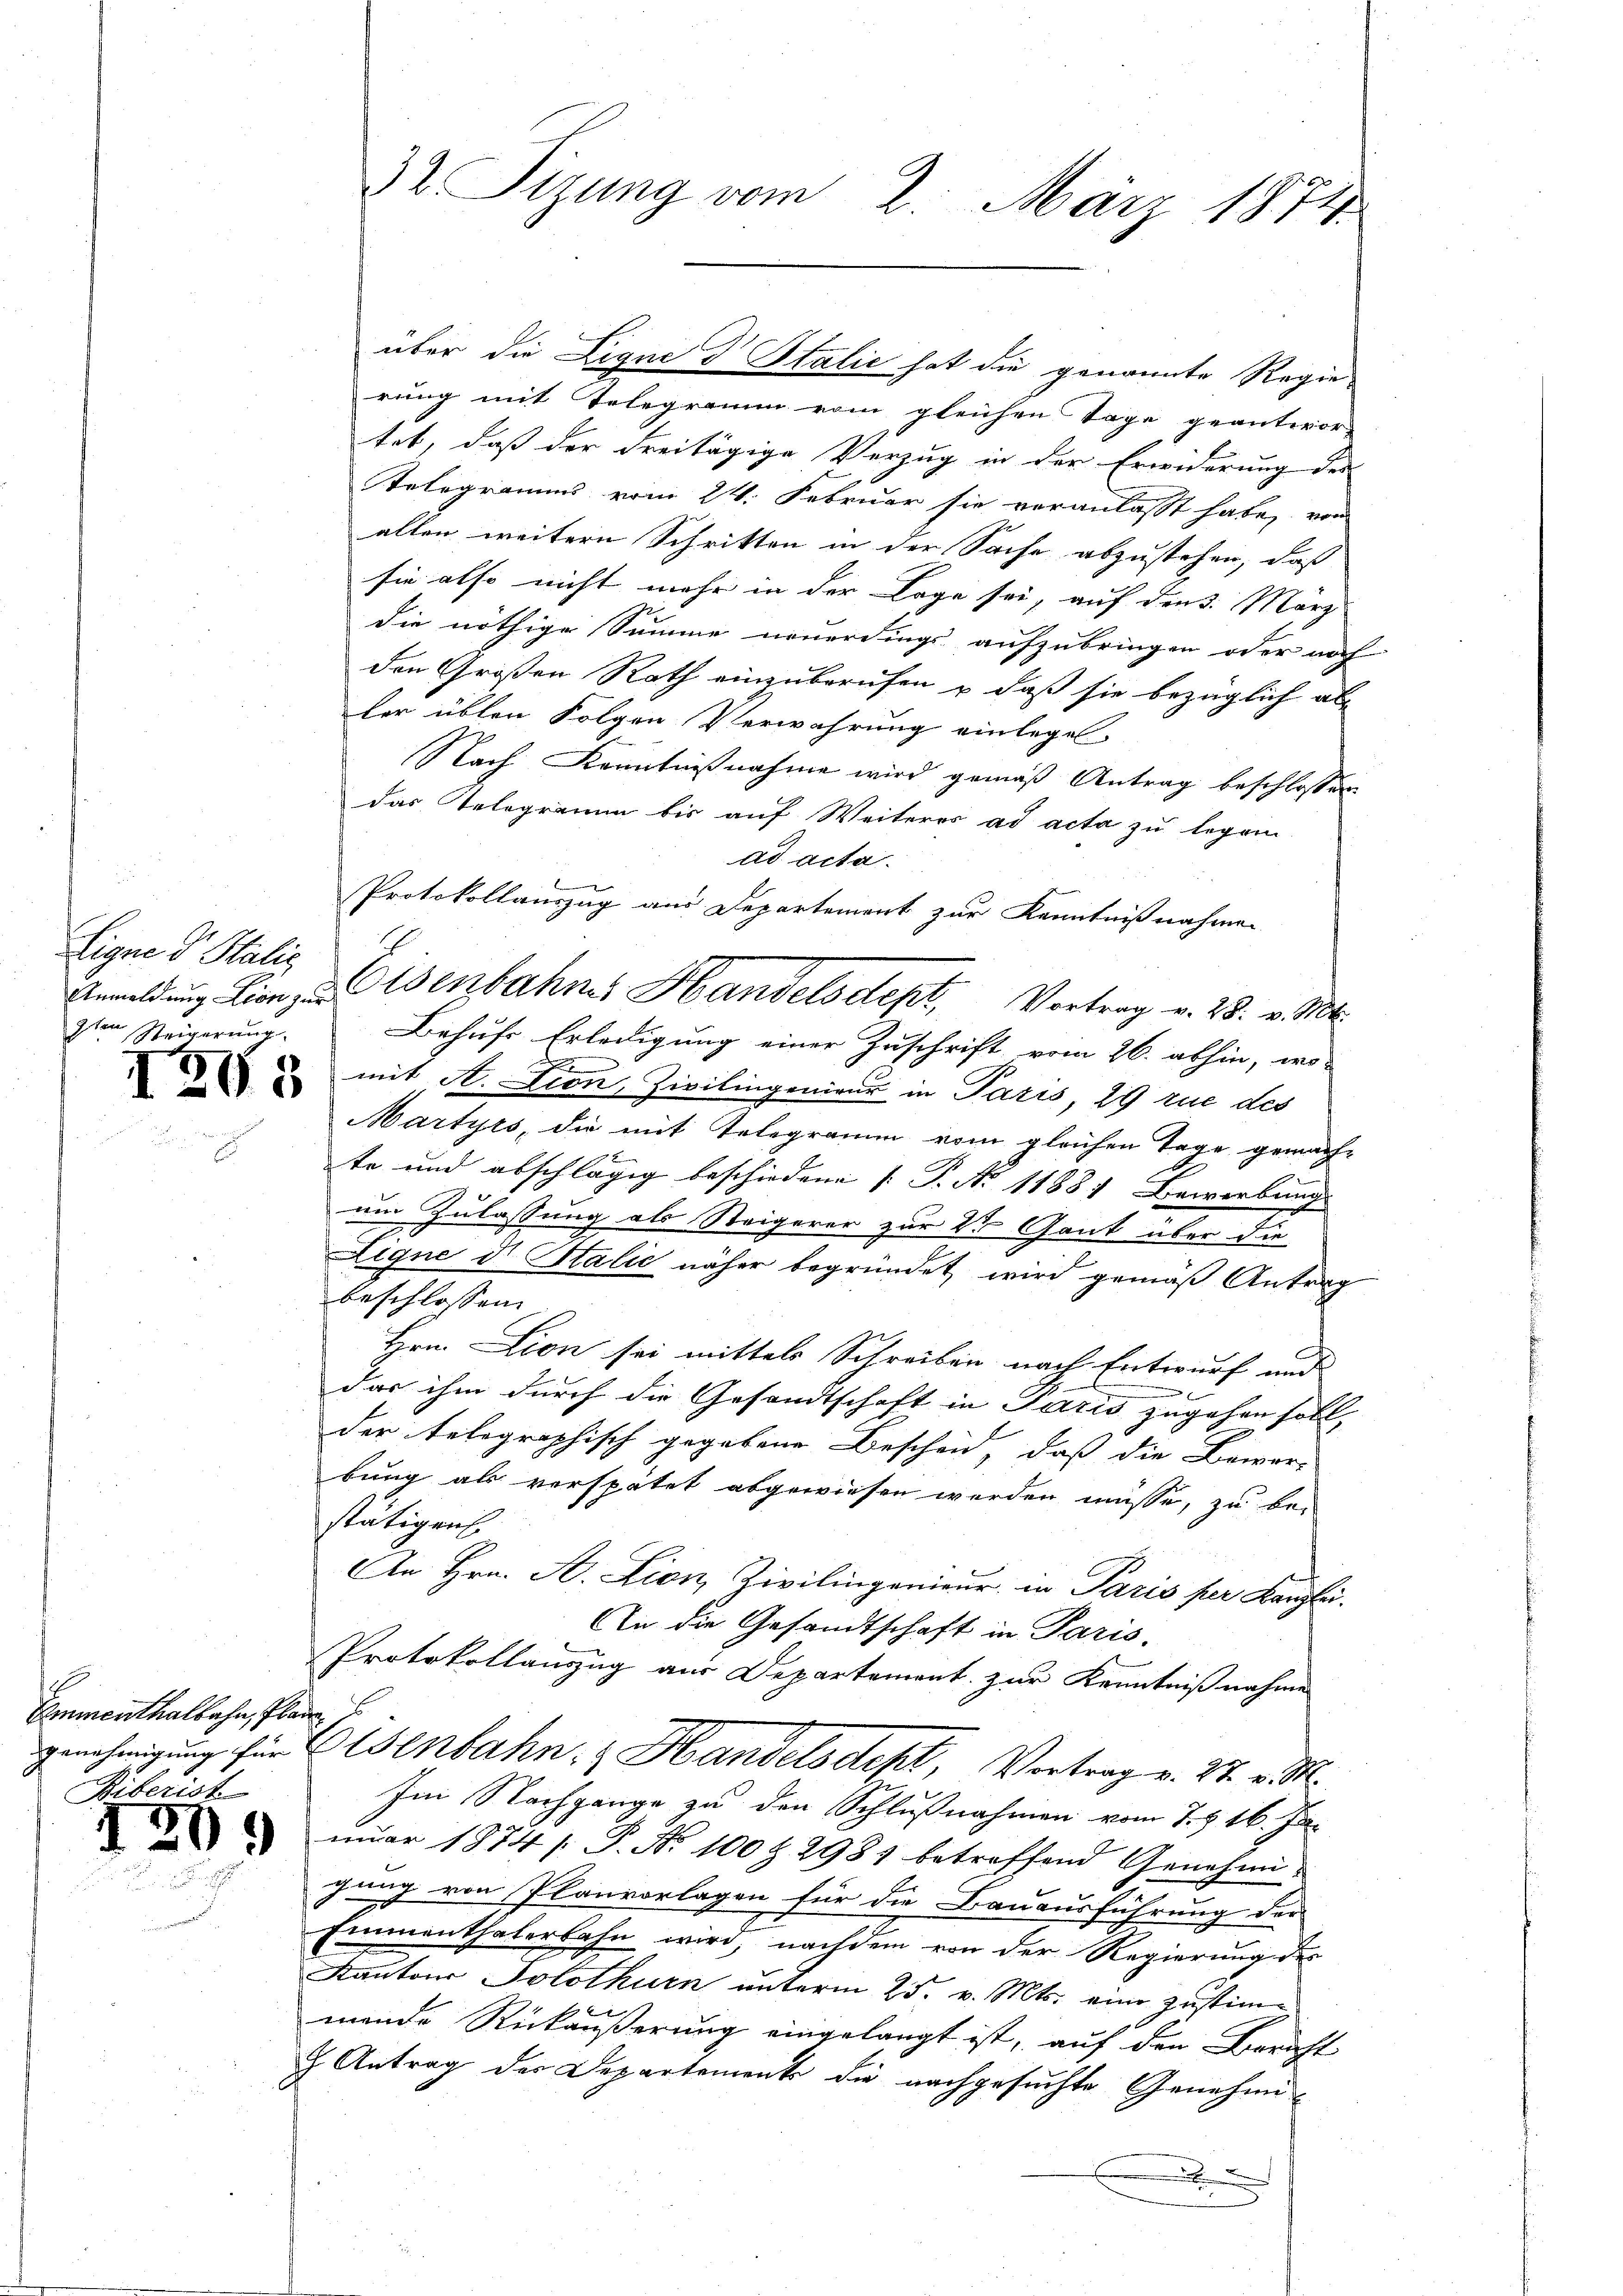
Eigne dr Stalie
9ten Steigerung.

13

1208

Emmenthalbahn, Plane
genehmigung für
Biberist

50

rung mit Telegramm vom gleichen Tage geantwor-
tet, daß der Freitägige Verzug in der Erwiderung der
Telegramms vom 24. Februar sie veranlasst habe, von
allen weitern Schritten in der Sache abzustehen, daß
sie also nicht mehr in der Lage sei, auf der 3. März
die nöthige Summe neuerdings aufzubringen oder noch
den Großen Rath einzuberufen u. daß sie bezüglich als
ler üblen Folgen Verwahrung einlegen
Nach Kenntnißnahme wird gemäß Antrag beschlossen
das Telegramm bis auf Weiteres ad acta zu legen
ad acta.
Protokollauszug aus Departement zur Kenntnißnahmen
Behufs Erledigung einer Zuschrift vom 26. abhin, wo-
mit A. Dion, Zivilingenieur in Paris, 29 rue des
Martyrs, die mit Telegramm vom gleichen Tage gemachte und abschlägig beschiedene P. No 11881 Bewerbung
um Zulassung als Steigerer zur 2 Gant über die
Ligne d. Stalie näher begründet wird gemäß Antrag
beschlossen:
Hrn. Lion sei mittels Schreiben nach Entwurf und
das ihm durch die Gesandtschaft in Paris zugehen soll,
der telegraphisch gegebene Bescheid, daß die Bewar-
bung als verspätet abgewiesen werden müsse, zu be-
stätigen.
An Hrn. A. Lion, Zivilingenieur in Paris per Kanzlei.
An die Gesandtschaft in Paris.
Protokollauszug aus Departement zur Kenntnißnahme
Eisenbahn, Handelsdept, Vortrag v. 27. v. M.
Im Nachgange zu den Schlußnahmen vom 7. 16. Junuar 1874 / P. Nr. 100 § 2981 betreffend Genehmigung von Planvorlagen für die Bauausführung der
Emmenthalerbahn wird, nachdem von der Regierung des
Kantons Solothurn unterm 25. v. Mts. eine Zustimmende Rückäußerung eingelangt ist, auf den Bericht
 Antrag der Departement die nachgesuchte Genehmi¬
.

32 Sizung vom 2. März 1874.

über die Ligne d Stalić hat die genannte Regie¬

Anmeldung Lion, u. Wenbahnes Handelsdept, Vortrag v. 28. v. Mts.